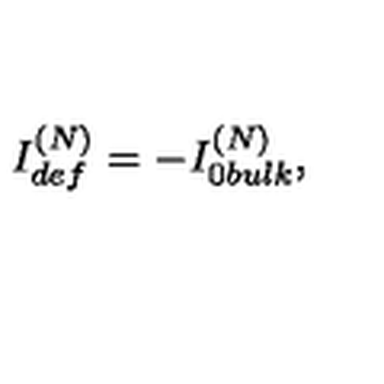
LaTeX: { I _ { d e f } ^ { ( N ) } = - I _ { 0 b u l k } ^ { ( N ) } , }